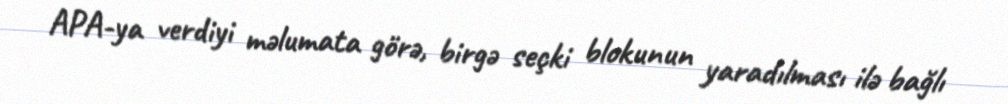
APA-ya verdiyi məlumata görə, birgə seçki blokunun yaradılması ilə bağlı